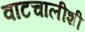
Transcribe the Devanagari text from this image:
वाटचालीशी